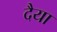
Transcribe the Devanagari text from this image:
दैया